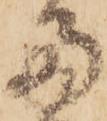
両